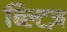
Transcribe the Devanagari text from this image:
ब्ल्टिज़